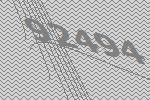
92494